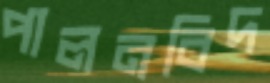
পালনবিদ